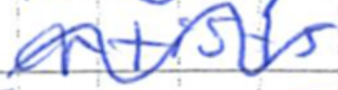
Text: artists
Cross-out: wave
Writing tool: ballpoint